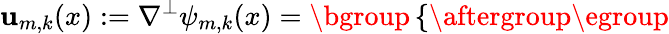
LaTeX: \mathbf{u}_{m,k}(x):=\nabla^{\perp}\psi_{m,k}(x)=\mathopen{}\mathclose\bgroup\left\{ \begin{array}{rlrl}\end{array}\aftergroup\egroup\right.